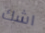
اشك